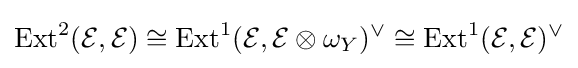
{\text{Ext}}^{2}({\mathcal {E}},{\mathcal {E}})\cong {\text{Ext}}^{1}({\mathcal {E}},{\mathcal {E}}\otimes \omega _{Y})^{\vee }\cong {\text{Ext}}^{1}({\mathcal {E}},{\mathcal {E}})^{\vee }